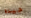
جيده